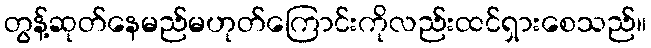
တွန့်ဆုတ်နေမည်မဟုတ်ကြောင်းကိုလည်းထင်ရှားစေသည်။